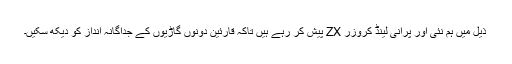
ذیل میں ہم نئی اور پرانی لینڈ کروزر ZX پیش کر رہے ہیں تاکہ قارئین دونوں گاڑیوں کے جداگانہ انداز کو دیکھ سکیں۔